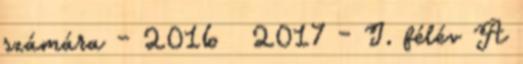
számára – 2016 2017 – I. félév A